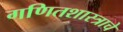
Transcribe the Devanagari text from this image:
गणितशास्त्राचे